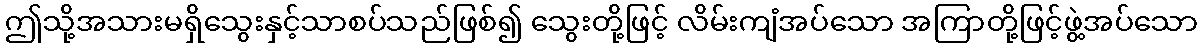
ဤသို့အသားမရှိသွေးနှင့်သာစပ်သည်ဖြစ်၍ သွေးတို့ဖြင့် လိမ်းကျံအပ်သော အကြာတို့ဖြင့်ဖွဲ့အပ်သော